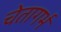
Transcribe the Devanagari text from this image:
चेतागर्भ